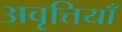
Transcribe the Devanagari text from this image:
अवृत्तियाँ